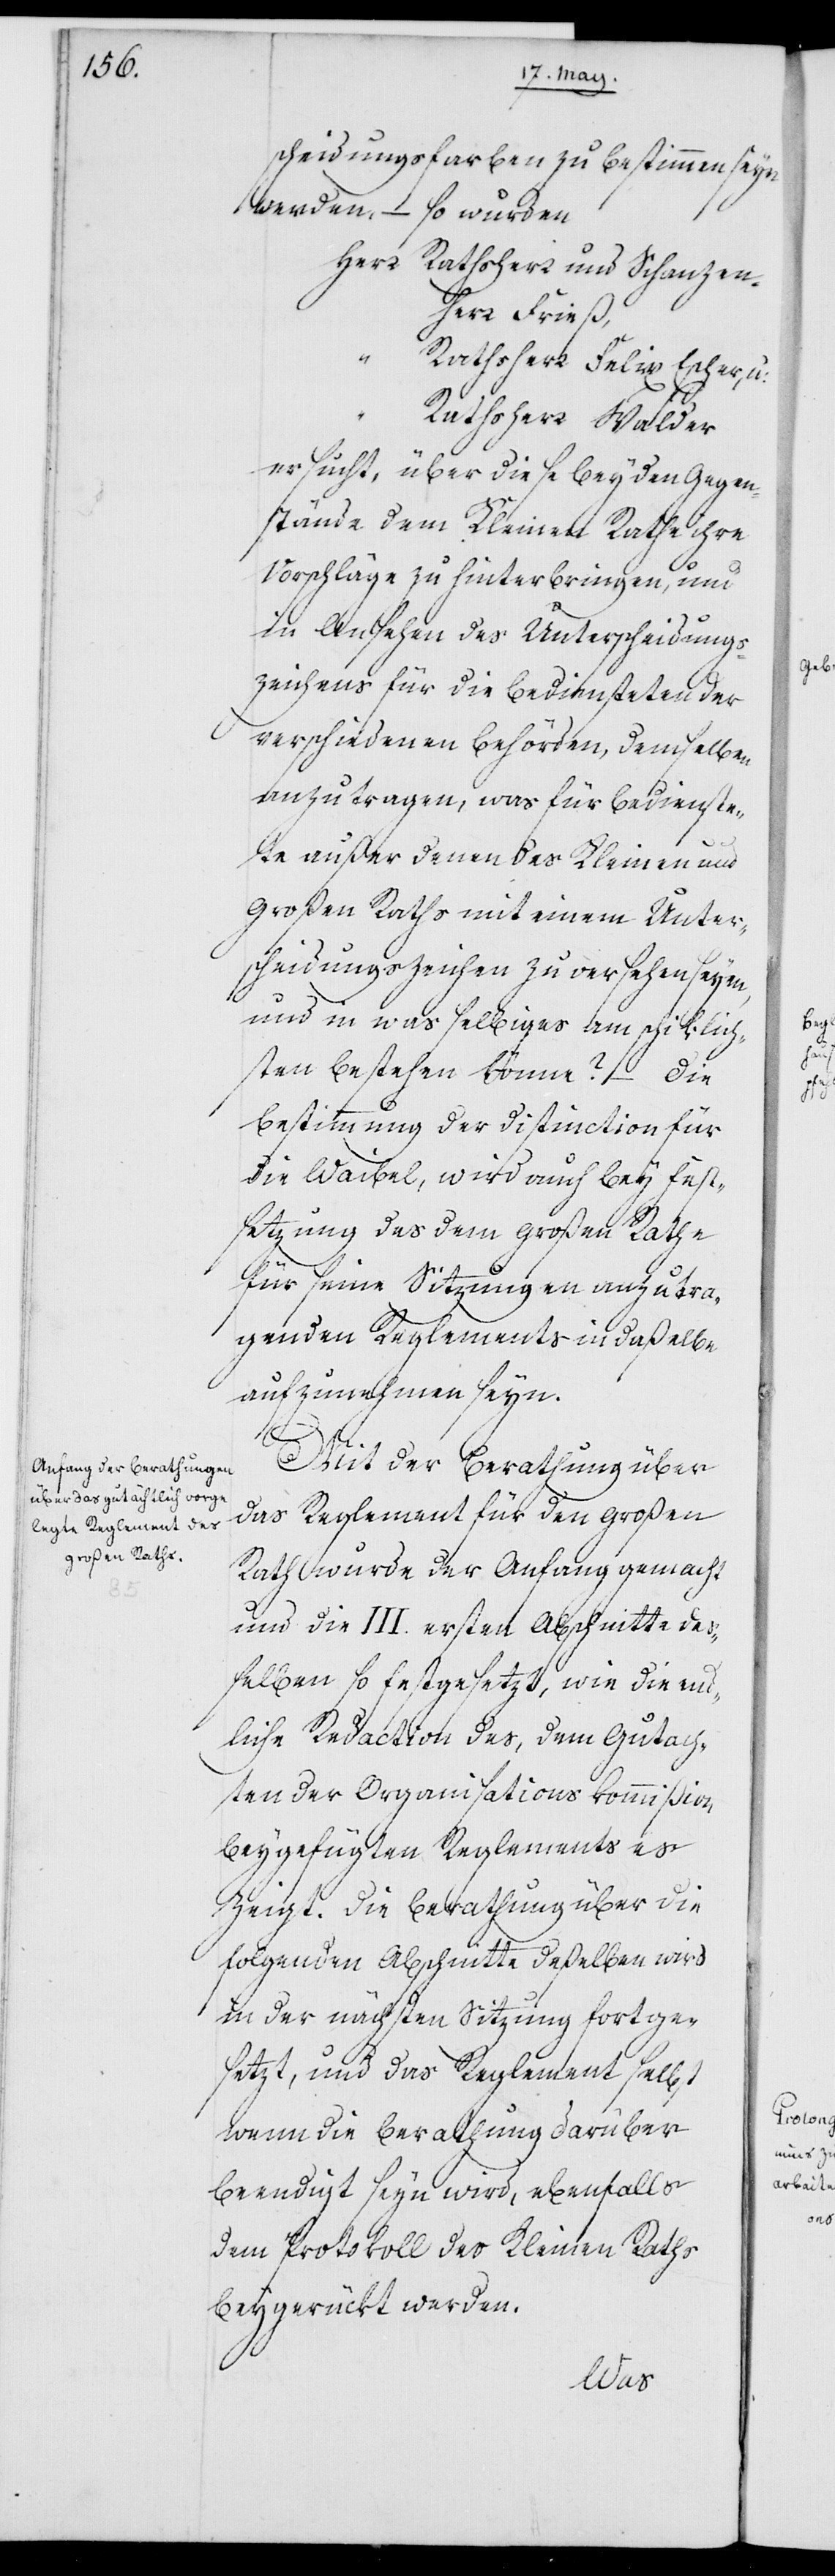
scheidungsfarben zu bestimmen seyn
werden, – so wurden
Herr	Rathsherr und Schanzen¬
herr Frieß
„	Rathsherr Felix Escher, u:
„	Ratsherr Walder
ersucht, über diese beyden Gegen¬
stände dem Kleinen Rath ihre
Vorschläge zu hinterbringen, um
in Ansehen des Unterscheidungs¬
zeichens für die Bediensteten der
verschiedenen Behörden, demselben
anzutragen, was für Bedienste¬
te außer denen des Kleinen und
Großen Raths mit einem Unter¬
scheidungszeichen zu versehen seyen,
und in was selbiges am schiklich¬
sten bestehen könne? – Die
Bestimmung der Distinction für
die Waibel, wird auch bey Fest¬
setzung des dem Großen Rathe
für seine Sitzungen anzutra¬
genden Reglements in daßelbe
aufzunehmen seyn.
Mit der Berathung über
das Reglement für den Großen
Rath wurde der Anfang gemacht
und die III. ersten Abschnitte de¬
ßelben so festgesetzt, wie die end¬
liche Redaction des, dem Gutach¬
ten der Organisationskommißion
beygefügten Reglements es
zeigt. Die Berathung über die
folgenden Abschnitte deßelben wird
in der nächsten Sitzung fortge¬
setzt, und das Reglement selbst,
wenn die Berathung darüber
beendigt seyn wird, ebenfalls
dem Protokoll des Kleinen Raths
beygerückt werden.